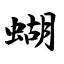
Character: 蝴